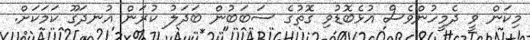
މިކަން ވީ ދެމީހުންވެސް އުޅެބޮޑުވި ގޮތުގެ ސަބަބުން ބަދަލު ކުރަން އުނދަގޫ ކަމަކަށް.